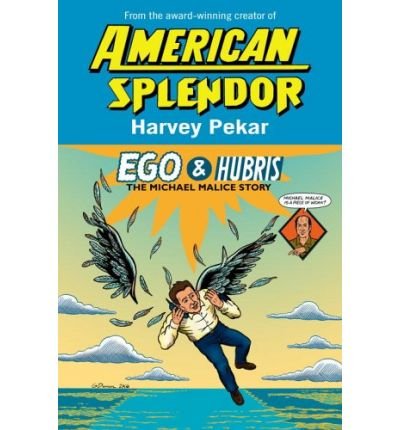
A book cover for Ego & Hubris: The Michael Malice Story (Hardback) - Common; Illustrated by Gary Dumm By (author) Harvey Pekar; Comics & Graphic Novels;